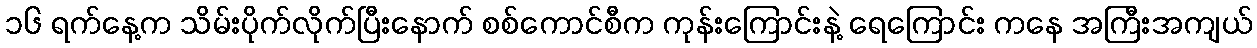
၁၆ ရက်နေ့က သိမ်းပိုက်လိုက်ပြီးနောက် စစ်ကောင်စီက ကုန်းကြောင်းနဲ့ ရေကြောင်း ကနေ အကြီးအကျယ်